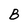
Character: B